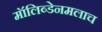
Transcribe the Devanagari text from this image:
मॉलिब्डेनमलाच